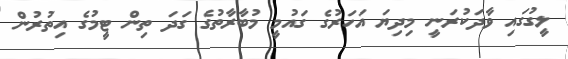
ލީގުގައި ވާދަކުރަނީ މިދިޔަ އަހަރުގެ ގައުމީ މުބާރާތުގެ ގަދަ ތިން ޓީމުގެ އިތުރުން